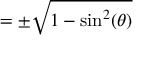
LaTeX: = \pm { \sqrt { 1 - \sin ^ { 2 } ( \theta ) } }